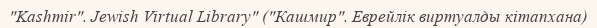
"Kashmir". Jewish Virtual Library" ("Кашмир". Еврейлік виртуалды кітапхана)